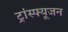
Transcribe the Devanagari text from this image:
ट्रांस्फ्यूजन